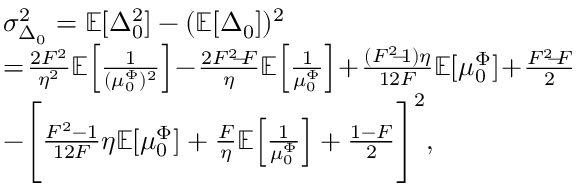
\begin{array} { r l } & { \sigma _ { \Delta _ { 0 } } ^ { 2 } = \mathbb { E } [ \Delta _ { 0 } ^ { 2 } ] - ( \mathbb { E } [ \Delta _ { 0 } ] ) ^ { 2 } } \\ & { = \! \frac { 2 F ^ { 2 } } { \eta ^ { 2 } } \mathbb { E } \! \left[ \frac { 1 } { ( \mu _ { 0 } ^ { \Phi } ) ^ { 2 } } \right] \! - \! \frac { 2 F ^ { 2 } \! \! - \! \! F } { \eta } \mathbb { E } \! \left[ \frac { 1 } { \mu _ { 0 } ^ { \Phi } } \right] \! + \! \frac { ( F ^ { 2 } \! \! - \! \! 1 ) \eta } { 1 2 F } \mathbb { E } [ \mu _ { 0 } ^ { \Phi } ] \! + \! \frac { F ^ { 2 } \! \! - \! \! F } { 2 } } \\ & { - \Bigg [ \frac { F ^ { 2 } - 1 } { 1 2 F } \eta \mathbb { E } [ \mu _ { 0 } ^ { \Phi } ] + \frac { F } { \eta } \mathbb { E } \Big [ \frac { 1 } { \mu _ { 0 } ^ { \Phi } } \Big ] + \frac { 1 - F } { 2 } \Bigg ] ^ { 2 } , } \end{array}